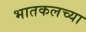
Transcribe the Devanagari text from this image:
भातकलच्या